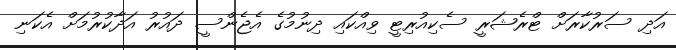
އަދި ސަރުކާރަށް ޓްރެޝަރީ ސެކިއުރިޓީ ވިއްކައި ދިނުމުގެ އެޖެންސީ ދައުރު އަދާކުރުމަށް އެކަނި